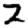
Digit: 2